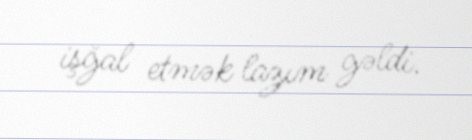
işğal etmək lazım gəldi.